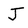
Character: J